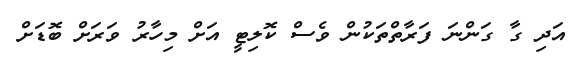
އަދި ގާ ގަންނަ ފަރާތްތަކުން ވެސް ކޮލިޓީ އަށް މިހާރު ވަރަށް ބޮޑަށް